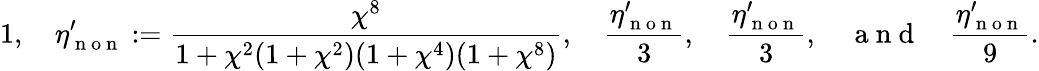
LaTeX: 1,\quad\eta_{\mathrm{~n~o~n~}}^{\prime}:=\frac{\chi^{8}}{1+\chi^{2}(1+\chi^{2})(1+\chi^{4})(1+\chi^{8})},\quad\frac{\eta_{\mathrm{~n~o~n~}}^{\prime}}{3},\quad\frac{\eta_{\mathrm{~n~o~n~}}^{\prime}}{3},\quad\mathrm{~a~n~d~}\quad\frac{\eta_{\mathrm{~n~o~n~}}^{\prime}}{9}.